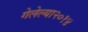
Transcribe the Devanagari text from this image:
गेलेल्या२०१४